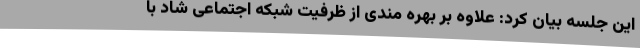
این جلسه بیان کرد: علاوه بر بهره مندی از ظرفیت شبکه اجتماعی شاد با